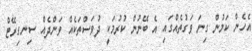
އެހެން ކަމުން ގިނަ ވަގުތެއްގައި އެ ބޭނުން ކުރުމަކީ ދުވަސްތަކެއް ވަންދެއް ސިނގިރޭޓް